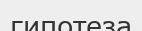
гипотеза